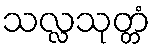
သလ္လသုတ္တံ